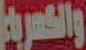
والكسرية